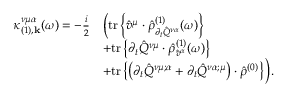
\begin{array} { r l } { \kappa _ { ( 1 ) , \mathbf { k } } ^ { \nu \mu \alpha } ( \omega ) = - \frac { i } { 2 } } & { \Big ( \mathrm { t r } \left\{ \hat { v } ^ { \mu } \cdot \hat { \rho } _ { \partial _ { t } \hat { Q } ^ { \nu \alpha } } ^ { ( 1 ) } ( \omega ) \right\} } \\ & { + \mathrm { t r } \left\{ \partial _ { t } \hat { Q } ^ { \nu \mu } \cdot \hat { \rho } _ { \hat { v } ^ { \alpha } } ^ { ( 1 ) } ( \omega ) \right\} } \\ & { + \mathrm { t r } \left\{ \left( \partial _ { t } \hat { Q } ^ { \nu \mu ; \alpha } + \partial _ { t } \hat { Q } ^ { \nu \alpha ; \mu } \right) \cdot \hat { \rho } ^ { ( 0 ) } \right\} \Big ) \mathrm { . } } \end{array}